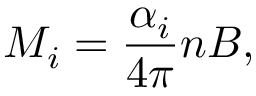
M _ { i } = { \frac { \alpha _ { i } } { 4 \pi } } n B ,